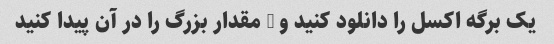
یک برگه اکسل را دانلود کنید و 5 مقدار بزرگ را در آن پیدا کنید